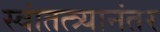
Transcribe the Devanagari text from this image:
स्वांतत्त्र्यानंतर